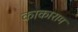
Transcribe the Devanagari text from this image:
काकाराम